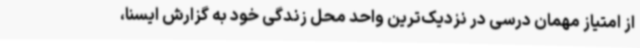
از امتیاز مهمان درسی در نزدیک‌ترین واحد محل زندگی خود به گزارش ایسنا،